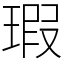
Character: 瑕